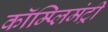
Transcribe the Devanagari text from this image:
कॉम्प्लिमंट्री